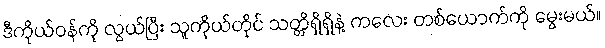
ဒီကိုယ်ဝန်ကို လွယ်ပြီး သူကိုယ်တိုင် သတ္တိရှိရှိနဲ့ ကလေး တစ်ယောက်ကို မွေးမယ်။